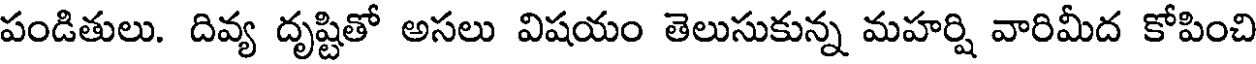
పండితులు. దివ్య దృష్టితో అసలు విషయం తెలుసుకున్న మహర్షి వారిమీద కోపించి